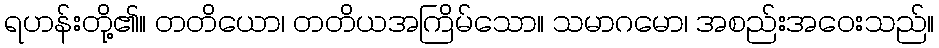
ရဟန်းတို့၏။ တတိယော၊ တတိယအကြိမ်သော။ သမာဂမော၊ အစည်းအဝေးသည်။